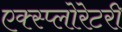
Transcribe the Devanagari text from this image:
एक्स्प्लोरेटरी